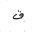
Letter: _qaf